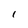
Character: I